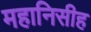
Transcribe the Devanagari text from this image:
महानिसीह